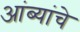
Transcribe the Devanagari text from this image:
आंब्यांचे